Report of the Indian Hemp Drugs Commission, 1894-1895 - Volume II
Year: 1894
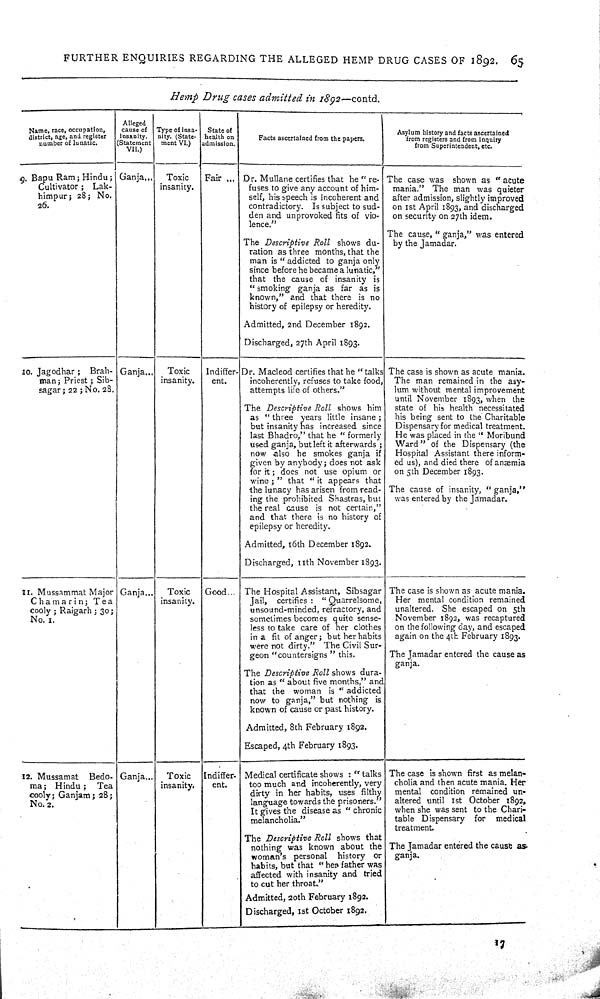
FURTHER ENQUIRIES REGARDING THE ALLEGED HEMP DRUG CASES OF 1892. 65
Hemp Drug cases admitted in 1892—-contd.
Name, race, occupation,
district, age, and register
number of lunatic.
Alleged
cause of
insanity.
(Statement
VII.)
Type of insa-
nity. (State-
ment VI.)
State of
health on
admission.
Facts ascertained from the papers.
Asylum history and facts ascertained
from registers and from inquiry
from Superintendent, etc.
9. Bapu Ram; Hindu;
Cultivator; Lak-
himpur; 28; No.
26.
Ganja
Toxic
insanity.
Fair
Dr. Mullane certifies that he " re-
fuses to give any account of him-
self, his speech is incoherent and
contradictory. Is subject to sud-
den and unprovoked fits of vio-
-ence."
The Descriptive Roll shows du-
ration as three months, that the
man is "addicted to ganja only
since before he became a lunatic,"
that the cause of insanity is
"smoking ganja as far as is
known," and that there is no
history of epilepsy or heredity.
Admitted, 2nd December 1892.
Discharged, 27th April 1893.
The case was shown as "acute
mania." The man was quieter
after admission, slightly improved
on 1st April 1893, and discharged
on security on 27th idem.
The cause, "ganja," was entered
by the Jamadar.
10. Jagodhar; Brah-
man; Priest; Sib-
sagar; 22; No. 28.
Ganja
Toxic
insanity.
Indiffer-
ent.
Dr. Macleod certifies that he "talks
incoherently, refuses to take food,
attempts life of others."
The Descriptive Roll shows him
as "three years little insane;
but insanity has increased since
last Bhadro," that he "formerly
used ganja, but left it afterwards;
now also he smokes ganja if
given by anybody; does not ask
for it; does not use opium or
wine;" that "it appears that
the lunacy has arisen from read-
ing the prohibited Shastras, but
the real cause is not certain,"
and that there is no history of
epilepsy or heredity.
Admitted, 16th December 1892.
Discharged, 11th November 1893.
The case is shown as acute mania.
The man remained in the asy-
lum without mental improvement
until November 1893, when the
state of his health necessitated
his being sent to the Charitable
Dispensary for medical treatment.
He was placed in the "Moribund
Ward" of the Dispensary (the
Hospital Assistant there inform-
ed us), and died there of anæmia
on 5th December 1893.
The cause of insanity, "ganja,"
was entered by the Jamadar.
11. Mussammat Major
Chamarin; Tea
cooly; Raigarh; 30;
No. 1.
Ganja
Toxic
insanity.
Good
The Hospital Assistant, Sibsagar
Jail, certifies: "Quarrelsome,
unsound-minded, refractory, and
sometimes becomes quite sense-
-ess to take care of her clothes
in a fit of anger; but her habits
were not dirty." The Civil Sur-
geon "countersigns" this.
The Descriptive Roll shows dura-
tion as "about five months," and
that the woman is "addicted
now to ganja," but nothing is
known of cause or past history.
Admitted, 8th February 1892.
Escaped, 4th February 1893.
The case is shown as acute mania.
Her mental condition remained
unaltered. She escaped on 5th
November 1892, was recaptured
on the following day, and escaped
again on the 4th February 1893.
The Jamadar entered the cause as
ganja.
12. Mussamat Bedo-
ma; Hindu; Tea
cooly; Ganjam; 28;
No. 2.
Ganja
Toxic
insanity.
Indiffer-
ent.
Medical certificate shows: "talks
too much and incoherently, very
dirty in her habits, uses filthy
language towards the prisoners."
It gives the disease as "chronic
melancholia."
The Descriptive Roll shows that
nothing was known about the
woman's personal history or
habits, but that "her father was
affected with insanity and tried
to cut her throat."
Admitted, 20th February 1892.
Discharged, 1st October 1892.
The case is shown first as melan-
cholia and then acute mania. Her
mental condition remained un-
altered until 1st October 1892,
when she was sent to the Chari-
table Dispensary for medical
treatment.
The Jamadar entered the cause as
ganja.
17